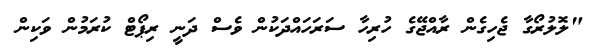
"ލޮލުރޯގާ ޖެހިގެން ރާއްޖޭގެ ހުރިހާ ސަރަހައްދަކުން ވެސް ދަނީ ރިޕޯޓް ކުރަމުން ވަކިން